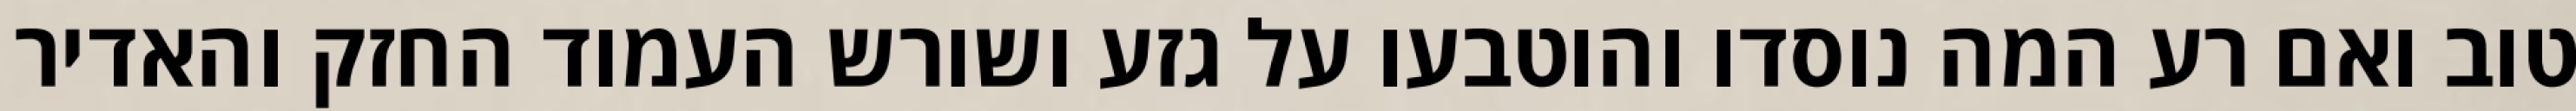
טוב ואם רע המה נוסדו והוטבעו על גזע ושורש העמוד החזק והאדיר